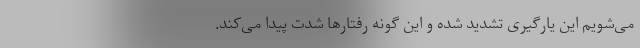
می‌شویم این یارگیری تشدید شده و این گونه رفتارها شدت پیدا می‌کند.